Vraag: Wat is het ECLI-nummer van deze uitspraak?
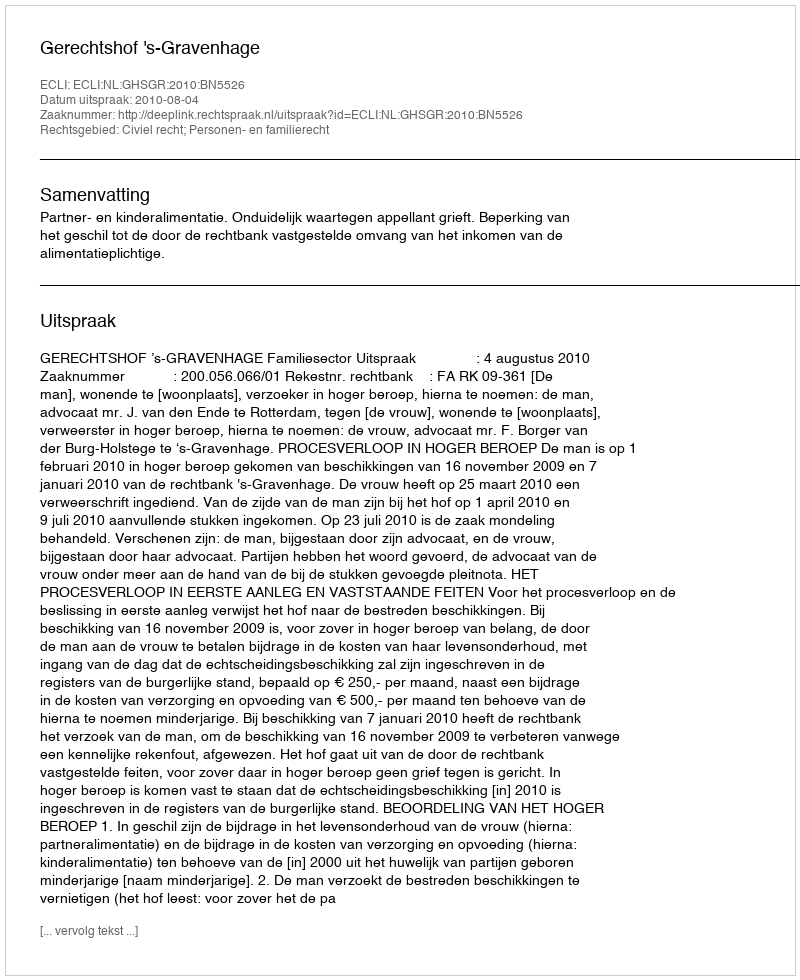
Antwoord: ECLI:NL:GHSGR:2010:BN5526